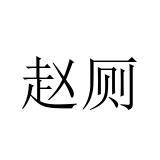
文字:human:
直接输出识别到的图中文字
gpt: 赵厕